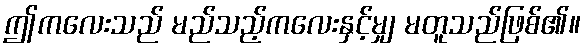
ဤကလေးသည် မည်သည့်ကလေးနှင့်မျှ မတူသည်ဖြစ်၏။